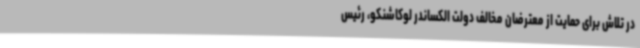
در تلاش برای حمایت از معترضان مخالف دولت الکساندر لوکاشنکو، رئیس